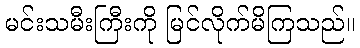
မင်းသမီးကြီးကို မြင်လိုက်မိကြသည်။